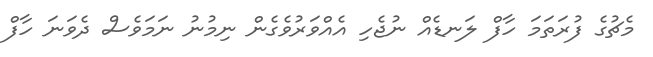
މެޗުގެ ފުރަތަމަ ހާފް ލަނޑެއް ނުޖެހި އެއްވަރުވެގެން ނިމުނު ނަމަވެސް ދެވަނަ ހާފް